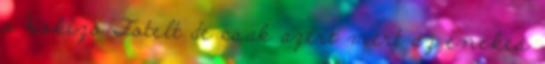
a Hokizó Fotelt de csak azért mert az énekes